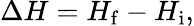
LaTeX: \Delta H=H_{\mathrm{f}}-H_{\mathrm{i}},